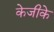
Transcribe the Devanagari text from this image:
केजीके